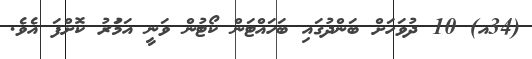
(34އ) 10 ދުވަހަށް ބަންދުގައި ބަހައްޓަން ކޯޓުން ވަނީ އަމަުރު ކޮށްފަ އެވެ.